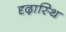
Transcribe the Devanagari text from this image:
दृढ़ास्थि